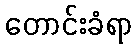
တောင်းခံရာ